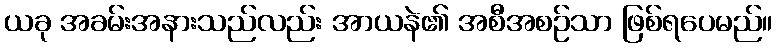
ယခု အခမ်းအနားသည်လည်း အာယနဲ၏ အစီအစဉ်သာ ဖြစ်ရပေမည်။